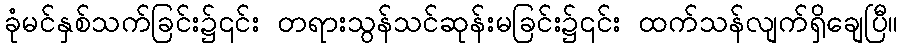
ခုံမင်နှစ်သက်ခြင်း၌၎င်း တရားသွန်သင်ဆုန်းမခြင်း၌၎င်း ထက်သန်လျက်ရှိချေပြီ။